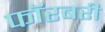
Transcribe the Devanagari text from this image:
फॉरबरी